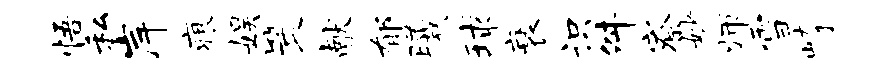
悟私岸痕娱策献郁曦球衰识舛寮妙师雪崎